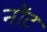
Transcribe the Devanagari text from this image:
नोंट